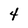
Character: 4